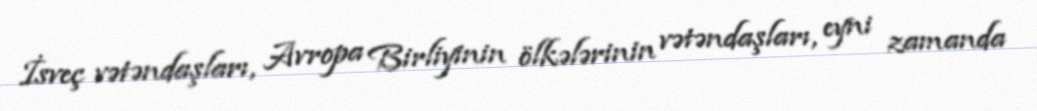
İsveç vətəndaşları, Avropa Birliyinin ölkələrinin vətəndaşları, eyni zamanda